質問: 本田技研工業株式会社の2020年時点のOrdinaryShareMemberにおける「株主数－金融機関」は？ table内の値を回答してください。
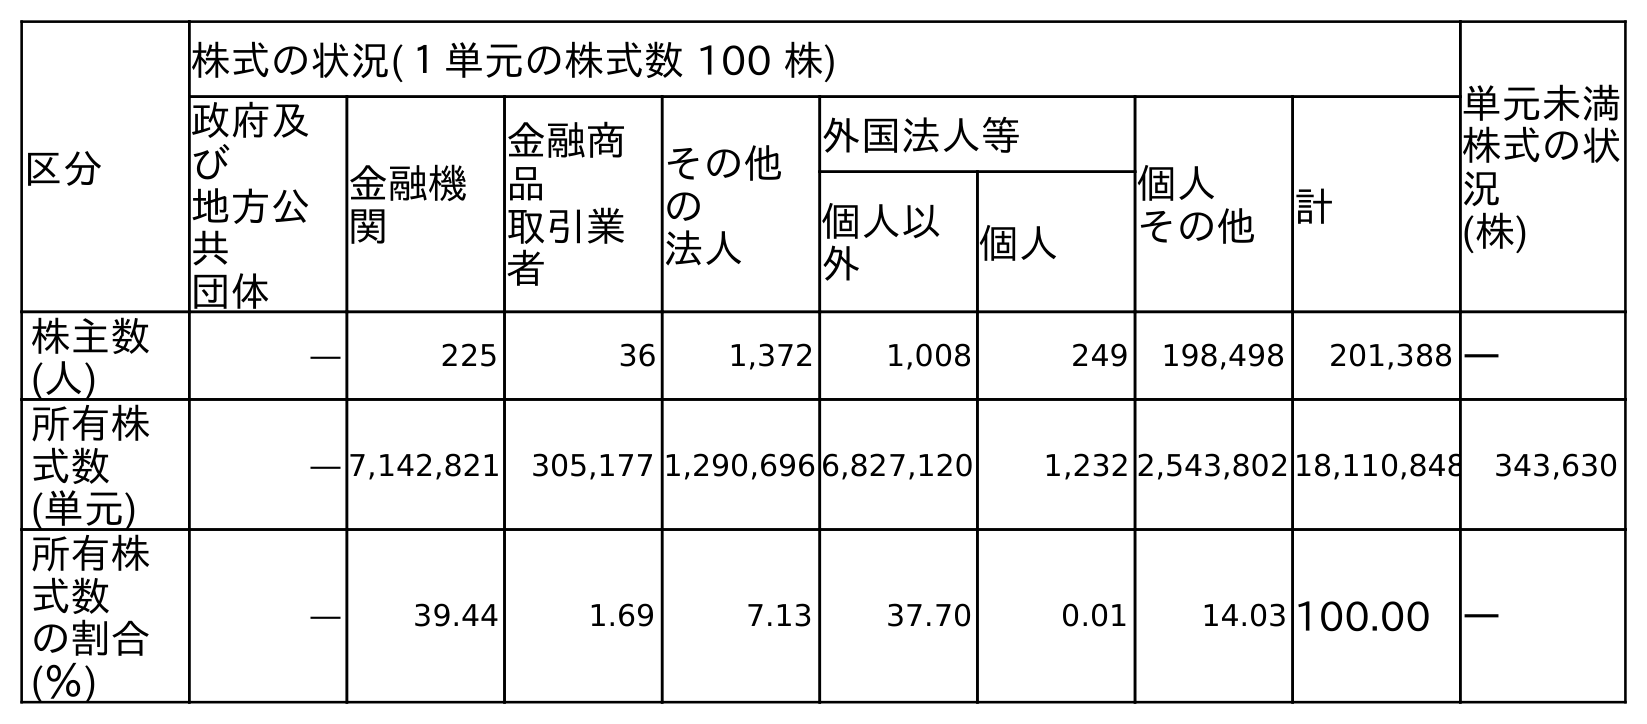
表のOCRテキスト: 区分 株式の状況(１単元の株式数 100 株) 単元未満 株式の状 況 (株) 政府及 び 地方公 共 団体 金融機 関 金融商 品 取引業 者 その他 の 法人 外国法人等 個人 その他 計 個人以 外 個人 株主数 (人) ― 225 36 1,372 1,008 249 198,498 201,388 ― 所有株 式数 (単元) ― 7,142,821 305,177 1,290,696 6,827,120 1,232 2,543,802 18,110,848 343,630 所有株 式数 の割合 (％) ― 39.44 1.69 7.13 37.70 0.01 14.03 100.00 ―
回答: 225